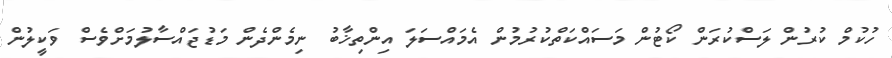
ހުކުމް ކުރުން ލަސްކުރަން ކޯޓުން މަސައްކަތްކުރުމުން އެމައްސަލަ އިންތިޚާބު ނިމެންދެން މަޑުޖައްސާލުމަށްވެސް ވަކީލުން